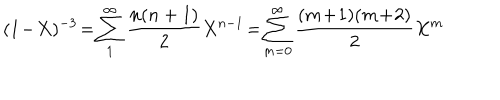
LaTeX: ( 1 \! - \! X ) ^ { - 3 } \! = \! \sum _ { 1 } ^ { \infty } \frac { n ( n + 1 ) } { 2 } X ^ { n - 1 } \! = \! \sum _ { m = 0 } ^ { \infty } \frac { ( m \! + \! 1 ) ( m \! + \! 2 ) } { 2 } X ^ { m }